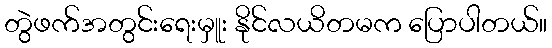
တွဲဖက်အတွင်းရေးမှူး နိုင်လယိတမက ပြောပါတယ်။